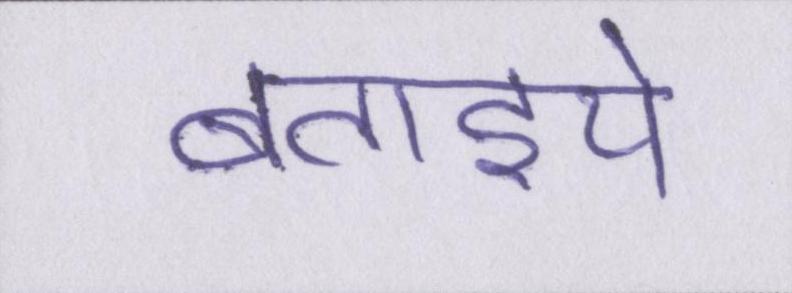
बताइये